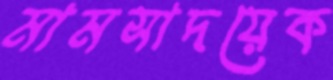
মামসাদয়েক